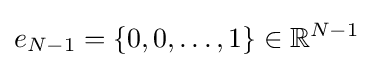
e_{N-1}=\{0,0,\ldots ,1\}\in \mathbb {R} ^{N-1}